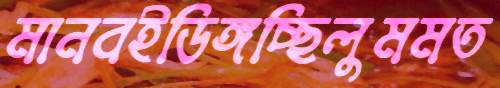
মানবইডিঙ্গচ্ছিলুমমত